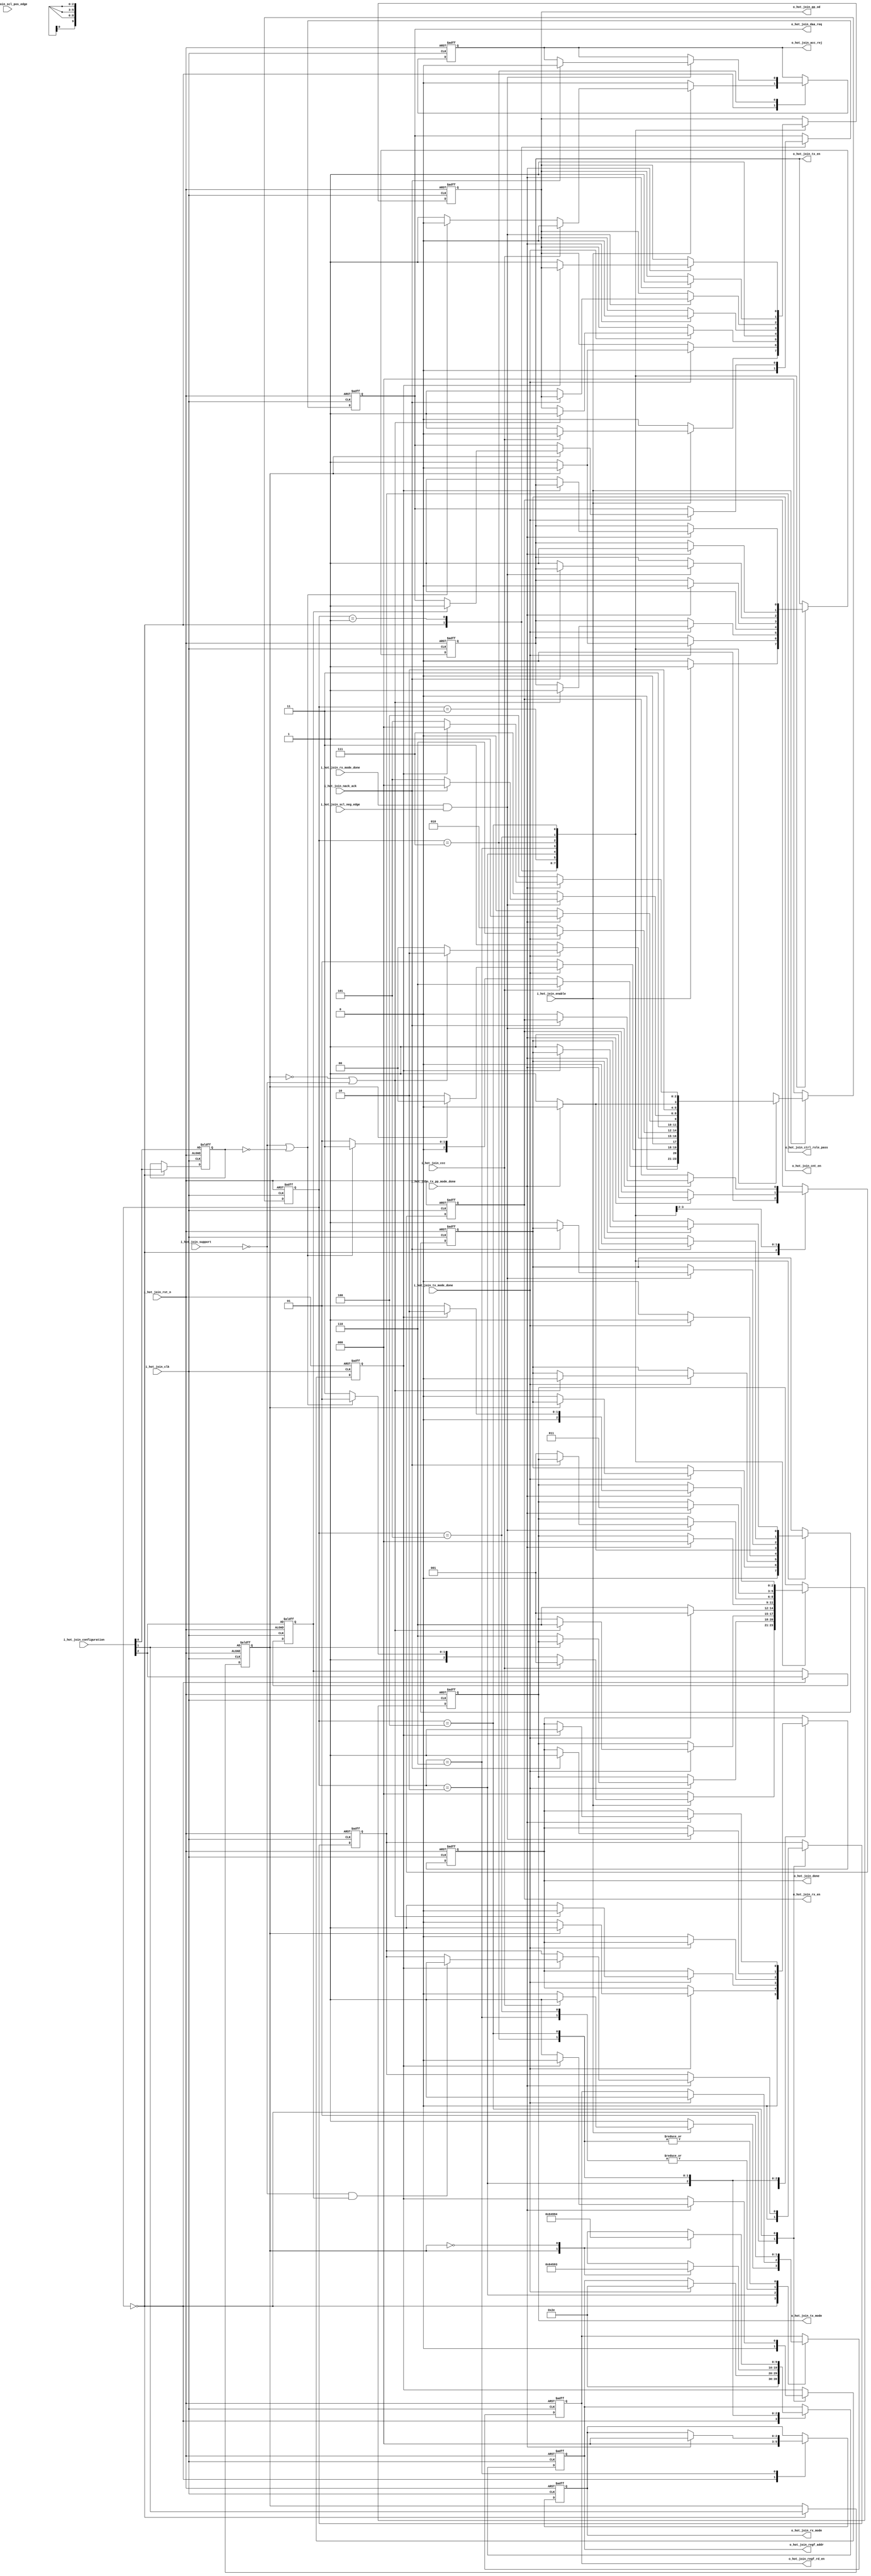
//////////////////////////////////////////////////////////////////////////////////
//==================================================================================
// MIXEL GP 2023 LIBRARY
// Copyright (c) 2023 Mixel, Inc.  All Rights Reserved.
// CONFIDENTIAL AND PROPRIETARY SOFTWARE/DATA OF MIXEL and ASU 2023 GP, INC.
//
// Revision: 
//
// Version : 1.1
// 
// Design Name:  hot_join
// Module Name:  hot_join 
//
//==================================================================================
//
//  STATEMENT OF USE
//
//  This information contains confidential and proprietary information of MIXEL.
//  No part of this information may be reproduced, transmitted, transcribed,
//  stored in a retrieval system, or translated into any human or computer
//  language, in any form or by any means, electronic, mechanical, magnetic,
//  optical, chemical, manual, or otherwise, without the prior written permission
//  of MIXEL.  This information was prepared for Garduation Project purpose and is for
//  use by MIXEL Engineers only.  MIXEL and ASU 2023 GP reserves the right 
//  to make changes in the information at any time and without notice.
//
//==================================================================================
//////////////////////////////////////////////////////////////////////////////////

`default_nettype none
module hot_join(
    //--inputs from system top
    input  wire          i_hot_join_clk                , //System Clock 50 MHz
    input  wire          i_hot_join_rst_n              , //System Active Low Reset

    //--inputs from i3c_engine
    input  wire          i_hot_join_enable             , //Hot-Join Enable-Signal
    input  wire          i_hot_join_ccc                , //Sending Hot-Join CCCs Request (if Host wanna ENHJ or DISHJ without prior HJ Request)

    //--inputs from reg_file
    input  wire          i_hot_join_support            , //CRCAP1[0] Hardcoded (read-only) [1 >> Supported , 0 >> Not Supported]
    input  wire  [2:0]   i_hot_join_configuration      , //HJ Configuration register {AVAL/BUSY , EN/DIS , ACK/NACK} (Host can overwrite at any time)

    //--inputs from controller_tx
    input  wire          i_hot_join_tx_mode_done       , //Tx Current Mode Done-Flag
    input  wire          i_hot_join_tx_pp_mode_done    , //Tx Current Mode Done-Flag for Push-Pull small periods

    //--inputs from controller_rx
    input  wire          i_hot_join_rx_mode_done       , //Rx Current Mode Done-Flag
    input  wire          i_hot_join_nack_ack           , //Rx Sampled Target' Acknowledgment [1 >> NACK , 0 >> ACK]

    //--inputs from scl_generation
    input  wire          i_hot_join_scl_neg_edge       , //SCL Falling-Edge Flag
    input  wire          i_hot_join_scl_pos_edge       , //SCL Rising-Edge Flag

    //--outputs to controller_tx
    output reg           o_hot_join_tx_en              , //Tx Enable-Flag
    output reg   [2:0]   o_hot_join_tx_mode            , //Tx Current Mode Selector

    //--outputs to controller_rx
    output reg           o_hot_join_rx_en              , //Rx Enable-Flag
    output reg   [2:0]   o_hot_join_rx_mode            , //Rx Current Mode Selector 

    //--outputs to reg_file
    output reg           o_hot_join_regf_rd_en         , //RegFile Read Enable-Flag
    output reg   [9:0]   o_hot_join_regf_addr          , //RegFile Read/Write Address

    //--outputs to bits_counter
    output reg           o_hot_join_cnt_en             , //Bits Counter Enable-Flag
    output reg           o_hot_join_pp_od              , //SDA Driving Selector [1 >> Push-Pull , 0 >> Open-Drain] (also output to "sda_handling" and "scl_generation")

    //--outputs to i3c_engine
    output reg           o_hot_join_daa_req            , //DAA Procedure Request (Suggestion: Trigger DAA directly for time optimization)
    output reg           o_hot_join_ctrl_role_pass     , //CRR Procedure Request (Suggestion: Trigger CRH directly for time optimization)
    output reg           o_hot_join_acc_rej            , //Hot-Join Request Accepted/Rejected flag [1 >> ACCEPTED , 0 >> REJECTED]
    output reg           o_hot_join_done                 //Hot-Join Block Done-Flag 

    );



//-- States in Gray-Encoding ---------------------------------------------

localparam HJ_IDLE            = 3'b000 ; 
localparam CTRL_ACK_BIT       = 3'b001 ;
localparam CTRL_NACK_BIT      = 3'b011 ;
localparam REPEATED_START_BIT = 3'b010 ;
localparam CCC_ADDRESS        = 3'b110 ;
localparam TRGT_ACK_BIT       = 3'b111 ;
localparam CCC_DATA           = 3'b101 ;
localparam PARITY_BIT         = 3'b100 ;

//-- CCCs Modes  ---------------------------------------------------------

localparam ENHJ_MODE  = 1'b1 ;
localparam DISHJ_MODE = 1'b0 ;

//-- internal wires declaration ------------------------------------------

reg [2:0] state                  ;
reg       second_frame_done      ;
reg       hot_join_cfg_ack_nack  ; //HJ Configuration register [1 >> ACK HJ   ] , [0 >> NACK HJ   ]
reg       hot_join_cfg_en_dis    ; //HJ Configuration register [1 >> Enable HJ] , [0 >> Disable HJ]
reg       hot_join_cfg_aval_busy ; //HJ Configuration register [1 >> Available] , [0 >> Busy      ] //for DAA or CR-Pass procedures


always @(posedge i_hot_join_clk or negedge i_hot_join_rst_n) 
    begin: hot_join_controller_fsm
        if (!i_hot_join_rst_n) 
            begin
                o_hot_join_tx_en          <= 1'b0                         ;
                o_hot_join_tx_mode        <= 3'b0                         ;
                o_hot_join_rx_en          <= 1'b0                         ;
                o_hot_join_rx_mode        <= 2'b0                         ;
                o_hot_join_regf_rd_en     <= 1'b0                         ;
                o_hot_join_regf_addr      <= 10'd0                        ;
                o_hot_join_cnt_en         <= 1'b0                         ;
                o_hot_join_pp_od          <= 1'b0                         ;
                o_hot_join_daa_req        <= 1'b0                         ;
                o_hot_join_ctrl_role_pass <= 1'b0                         ;
                o_hot_join_acc_rej        <= 1'b0                         ;
                o_hot_join_done           <= 1'b0                         ;
                second_frame_done         <= 1'b0                         ;
                //preventing glitching or configuration-changing during sending CCCs
                hot_join_cfg_ack_nack     <= i_hot_join_configuration[0] ;
                hot_join_cfg_en_dis       <= i_hot_join_configuration[1] ;
                hot_join_cfg_aval_busy    <= i_hot_join_configuration[2] ;
                state <= HJ_IDLE ;
            end
        else 
            begin
                case (state)
                HJ_IDLE:
                    begin
                        o_hot_join_tx_en          <= 1'b0                         ;
                        o_hot_join_tx_mode        <= 3'b0                         ;
                        o_hot_join_rx_en          <= 1'b0                         ;
                        o_hot_join_rx_mode        <= 2'b0                         ;
                        o_hot_join_regf_rd_en     <= 1'b1                         ; //early reg_file setup as the 7'h7E is the first reg being read
                        o_hot_join_regf_addr      <= 10'd46                       ; 
                        o_hot_join_cnt_en         <= 1'b0                         ;
                        o_hot_join_pp_od          <= 1'b0                         ;
                        o_hot_join_daa_req        <= 1'b0                         ;
                        o_hot_join_ctrl_role_pass <= 1'b0                         ;
                        o_hot_join_acc_rej        <= 1'b0                         ;
                        o_hot_join_done           <= 1'b0                         ;
                        second_frame_done         <= 1'b0                         ;
                        //preventing glitching or configuration-changing during sending CCCs
                        hot_join_cfg_ack_nack     <= i_hot_join_configuration[0] ;
                        hot_join_cfg_en_dis       <= i_hot_join_configuration[1] ;
                        hot_join_cfg_aval_busy    <= i_hot_join_configuration[2] ;

                        if (i_hot_join_enable)
                            begin
                                if (i_hot_join_ccc)
                                    begin
                                        o_hot_join_regf_addr  <= 10'd46      ; //BROADCAST ADDRESS (7h'7E/W)
                                        o_hot_join_regf_rd_en <= 1'b1        ;
                                        o_hot_join_tx_en      <= 1'b1        ;
                                        o_hot_join_pp_od      <= 1'b0        ; //open-drain
                                        o_hot_join_tx_mode    <= 3'b001      ; //SERIALIZING Mode
                                        state                 <= CCC_ADDRESS ; //supposing that i3c_control_unit initiated START before hot_join_enable
                                    end
                                else if (!i_hot_join_support || !hot_join_cfg_ack_nack)
                                    begin
                                        o_hot_join_acc_rej    <= 1'b0          ; //HJ IS REJECTED
                                        o_hot_join_regf_rd_en <= 1'b0          ;
                                        o_hot_join_tx_en      <= 1'b1          ;
                                        o_hot_join_pp_od      <= 1'b1          ; //push-pull
                                        o_hot_join_tx_mode    <= 3'b101        ; //CTRL_NACK Mode (High-Z)
                                        o_hot_join_cnt_en     <= 1'b0          ; //Disable Bits Counter
                                        state                 <= CTRL_NACK_BIT ;
                                    end
                                else
                                    begin
                                        o_hot_join_acc_rej    <= 1'b1         ; //HJ IS ACCEPTED
                                        o_hot_join_regf_rd_en <= 1'b0         ;
                                        o_hot_join_pp_od      <= 1'b1         ; //push-pull
                                        o_hot_join_tx_en      <= 1'b1         ;
                                        o_hot_join_tx_mode    <= 3'b111       ; //CTRL_ACK Mode
                                        o_hot_join_cnt_en     <= 1'b0         ; //Disable Bits Counter
                                        state                 <= CTRL_ACK_BIT ;
                                    end
                            end
                        else 
                            begin
                                state <= HJ_IDLE ;
                            end
                    end

                CTRL_ACK_BIT:
                    begin
                        if (i_hot_join_tx_mode_done)
                            begin
                                if (!hot_join_cfg_en_dis)  //controller may DISHJ after ACK
                                    begin
                                        o_hot_join_tx_en   <= 1'b1               ;
                                        o_hot_join_pp_od   <= 1'b1               ; //push-pull
                                        o_hot_join_tx_mode <= 3'b110             ; //REPEATED_START Mode
                                        o_hot_join_cnt_en  <= 1'b0               ; //Disable Bits Counter
                                        o_hot_join_done    <= 1'b0               ;
                                        state              <= REPEATED_START_BIT ; //starting DISHJ CCC 
                                    end
                                else 
                                    begin
                                        o_hot_join_tx_en <= 1'b0 ;

                                        o_hot_join_pp_od <= 1'b0 ;
                                        state <= HJ_IDLE ; 
                                        o_hot_join_done <= 1'b1 ; 
                                        if (hot_join_cfg_aval_busy)
                                            begin
                                                o_hot_join_daa_req <= 1'b1 ;  //DAA will initiate Sr and cont. the flow
                                            end
                                    end
                            end   
                        else
                            begin
                                state <= CTRL_ACK_BIT ;
                            end
                    end  

                CTRL_NACK_BIT:
                    begin
                        if (i_hot_join_tx_mode_done)
                            begin
                            //NACK and DISHJ path
                                if (!hot_join_cfg_en_dis || !i_hot_join_support) 
                                    begin
                                        o_hot_join_tx_en   <= 1'b1               ;
                                        o_hot_join_pp_od   <= 1'b1               ; //push-pull
                                        o_hot_join_tx_mode <= 3'b110             ; //REPEATED_START Mode
                                        o_hot_join_cnt_en  <= 1'b0               ; //Disable Bits Counter
                                        o_hot_join_done    <= 1'b0               ;
                                        state              <= REPEATED_START_BIT ; //starting DISHJ CCC
                                    end
                            //NACK only path
                                else                        
                                    begin
                                        state <= HJ_IDLE ;  
                                        o_hot_join_done <= 1'b1 ;
                                    end 
                            end   
                        else
                            begin
                                state <= CTRL_NACK_BIT ;
                            end
                    end  

                REPEATED_START_BIT:  //only for ENEC/DISEC paths
                    begin
                        if (i_hot_join_tx_mode_done)
                            begin
                                o_hot_join_tx_en      <= 1'b1        ;
                                o_hot_join_pp_od      <= 1'b1        ; //push-pull
                                o_hot_join_tx_mode    <= 3'b001      ; //SERIALIZING Mode
                                o_hot_join_cnt_en     <= 1'b1        ; //Enable Bits Counter
                                o_hot_join_regf_addr  <= 10'd46      ; //BROADCAST ADDRESS (7h'7E/W)
                                o_hot_join_regf_rd_en <= 1'b1        ;
                                state                 <= CCC_ADDRESS ;
                            end   
                        else
                            begin
                                o_hot_join_tx_en   <= 1'b1               ;
                                o_hot_join_pp_od   <= 1'b1               ; //push-pull
                                o_hot_join_tx_mode <= 3'b110             ; //REPEATED_START Mode
                                o_hot_join_cnt_en  <= 1'b0               ; //Disable Bits Counter
                                o_hot_join_done    <= 1'b0               ;
                                state              <= REPEATED_START_BIT ;
                            end
                    end 

                CCC_ADDRESS:  //sending BROADCAST ADDRESS
                    begin
                        o_hot_join_cnt_en     <= 1'b1 ; //Enable Bits Counter
                        o_hot_join_regf_rd_en <= 1'b0 ;
                        if (i_hot_join_tx_pp_mode_done)
                            begin
                                o_hot_join_pp_od   <= 1'b0         ; //open-drain
                                o_hot_join_cnt_en  <= 1'b0         ; //Disable Bits Counter
                                o_hot_join_tx_en   <= 1'b0         ;
                                o_hot_join_tx_mode <= 3'b000       ;
                                o_hot_join_rx_en   <= 1'b1         ;
                                o_hot_join_rx_mode <= 3'b000       ; //ACK Mode
                                state              <= TRGT_ACK_BIT ;
                            end   
                        else
                            begin
                                state <= CCC_ADDRESS ;
                            end
                    end 

                TRGT_ACK_BIT:
                    begin
                        o_hot_join_regf_rd_en <= 1'b1 ; //early reg_file setup for timing optimization
                        case (hot_join_cfg_en_dis)
                        ENHJ_MODE : o_hot_join_regf_addr <= 10'd401 ; //ENEC CCC (0x00)
                        DISHJ_MODE: o_hot_join_regf_addr <= 10'd403 ; //DISEC CCC (0x01)
                        endcase 
                        if (i_hot_join_rx_mode_done && i_hot_join_scl_neg_edge)
                            begin
                                if (!i_hot_join_nack_ack)
                                    begin
                                        state <= CCC_DATA ;
                                        o_hot_join_tx_en          <= 1'b1   ;
                                        o_hot_join_rx_en          <= 1'b0   ;
                                        o_hot_join_pp_od          <= 1'b1   ; //push-pull
                                        o_hot_join_tx_mode        <= 3'b001 ; //SERIALIZING Mode
                                        o_hot_join_cnt_en         <= 1'b1   ; //Enable Bits Counter
                                    end
                                else
                                    begin
                                        state <= HJ_IDLE ; //STOP after NACK
                                        o_hot_join_done    <= 1'b1 ;
                                        o_hot_join_acc_rej <= 1'b0 ;
                                    end
                            end   
                        else
                            begin
                                state <= TRGT_ACK_BIT ;
                            end
                    end 

                CCC_DATA:
                    begin
                        o_hot_join_regf_rd_en <= 1'b0 ;
                        if (i_hot_join_tx_pp_mode_done)
                            begin
                                state <= PARITY_BIT ;
                                o_hot_join_tx_en   <= 1'b1   ;
                                o_hot_join_pp_od   <= 1'b1   ; //push-pull
                                o_hot_join_tx_mode <= 3'b011 ; //PARITY Mode
                                o_hot_join_cnt_en  <= 1'b0   ; //Disable Bits Counter
                            end   
                        else
                            begin
                                state <= CCC_DATA ;
                            end
                    end 
                    
                PARITY_BIT:
                    begin
                        o_hot_join_regf_rd_en <= 1'b1 ; //early reg_file setup for second_frame optimization
                        case (hot_join_cfg_en_dis) 
                        ENHJ_MODE : o_hot_join_regf_addr <= 10'd402 ; //ENEC BYTE
                        DISHJ_MODE: o_hot_join_regf_addr <= 10'd404 ; //DISEC BYTE
                        endcase
                        if (i_hot_join_tx_pp_mode_done)
                            begin
                                if (!second_frame_done)
                                    begin
                                        state <= CCC_DATA ;
                                        o_hot_join_tx_en   <= 1'b1   ;
                                        o_hot_join_pp_od   <= 1'b1   ; //push-pull
                                        o_hot_join_tx_mode <= 3'b001 ; //SERIALIZING Mode
                                        o_hot_join_cnt_en  <= 1'b1   ; //Enable Bits Counter
                                        second_frame_done  <= 1'b1   ;
                                    end
                                else
                                    begin
                                        state <= HJ_IDLE ;
                                        second_frame_done  <= 1'b0   ;
                                        o_hot_join_tx_mode <= 3'b010 ; //STOP Mode for a smooth mux select with i3c_engine
                                        o_hot_join_done    <= 1'b1   ;
                                        if (!i_hot_join_support && hot_join_cfg_aval_busy)
                                            begin
                                                o_hot_join_ctrl_role_pass <= 1'b1 ;  //i3c_main_controller will enable CRH
                                            end
                                    end
                            end   
                        else
                            begin
                                state <= PARITY_BIT ;
                            end                        
                    end 
                endcase    

                if (!i_hot_join_enable)
                    begin
                        state <= HJ_IDLE ; //supporting immediate hj_disable for all states
                    end            
            end
    end



endmodule

`default_nettype wire